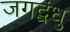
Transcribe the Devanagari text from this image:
जगद्बंधु